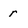
Character: r